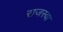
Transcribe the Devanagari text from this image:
राजस्वा